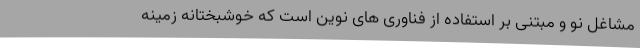
مشاغل نو و مبتنی بر استفاده از فناوری های نوین است که خوشبختانه زمینه